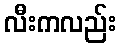
လီးကလည်း